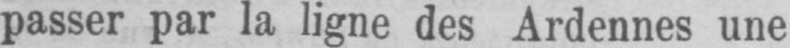
passer par la ligne des Ardennes une